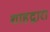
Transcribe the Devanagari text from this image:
शाहद्वारा